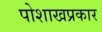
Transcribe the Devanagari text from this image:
पोशाखप्रकार